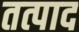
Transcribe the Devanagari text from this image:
तत्पाद